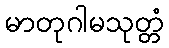
မာတုဂါမသုတ္တံ